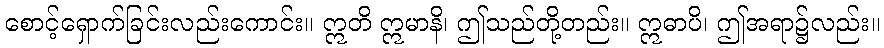
စောင့်ရှောက်ခြင်းလည်းကောင်း။ ဣတိ ဣမာနိ၊ ဤသည်တို့တည်း။ ဣဓာပိ၊ ဤအရာ၌လည်း။